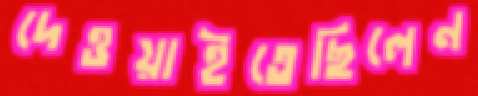
দেওয়াইতেছিলেন